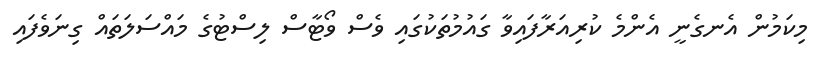
މިކަމުން އެނގެނީ އެންމެ ކުރިއަރާފައިވާ ގައުމުތަކުގައި ވެސް ވޯޓާސް ލިސްޓުގެ މައްސަލަތައް ގިނަވެފައި